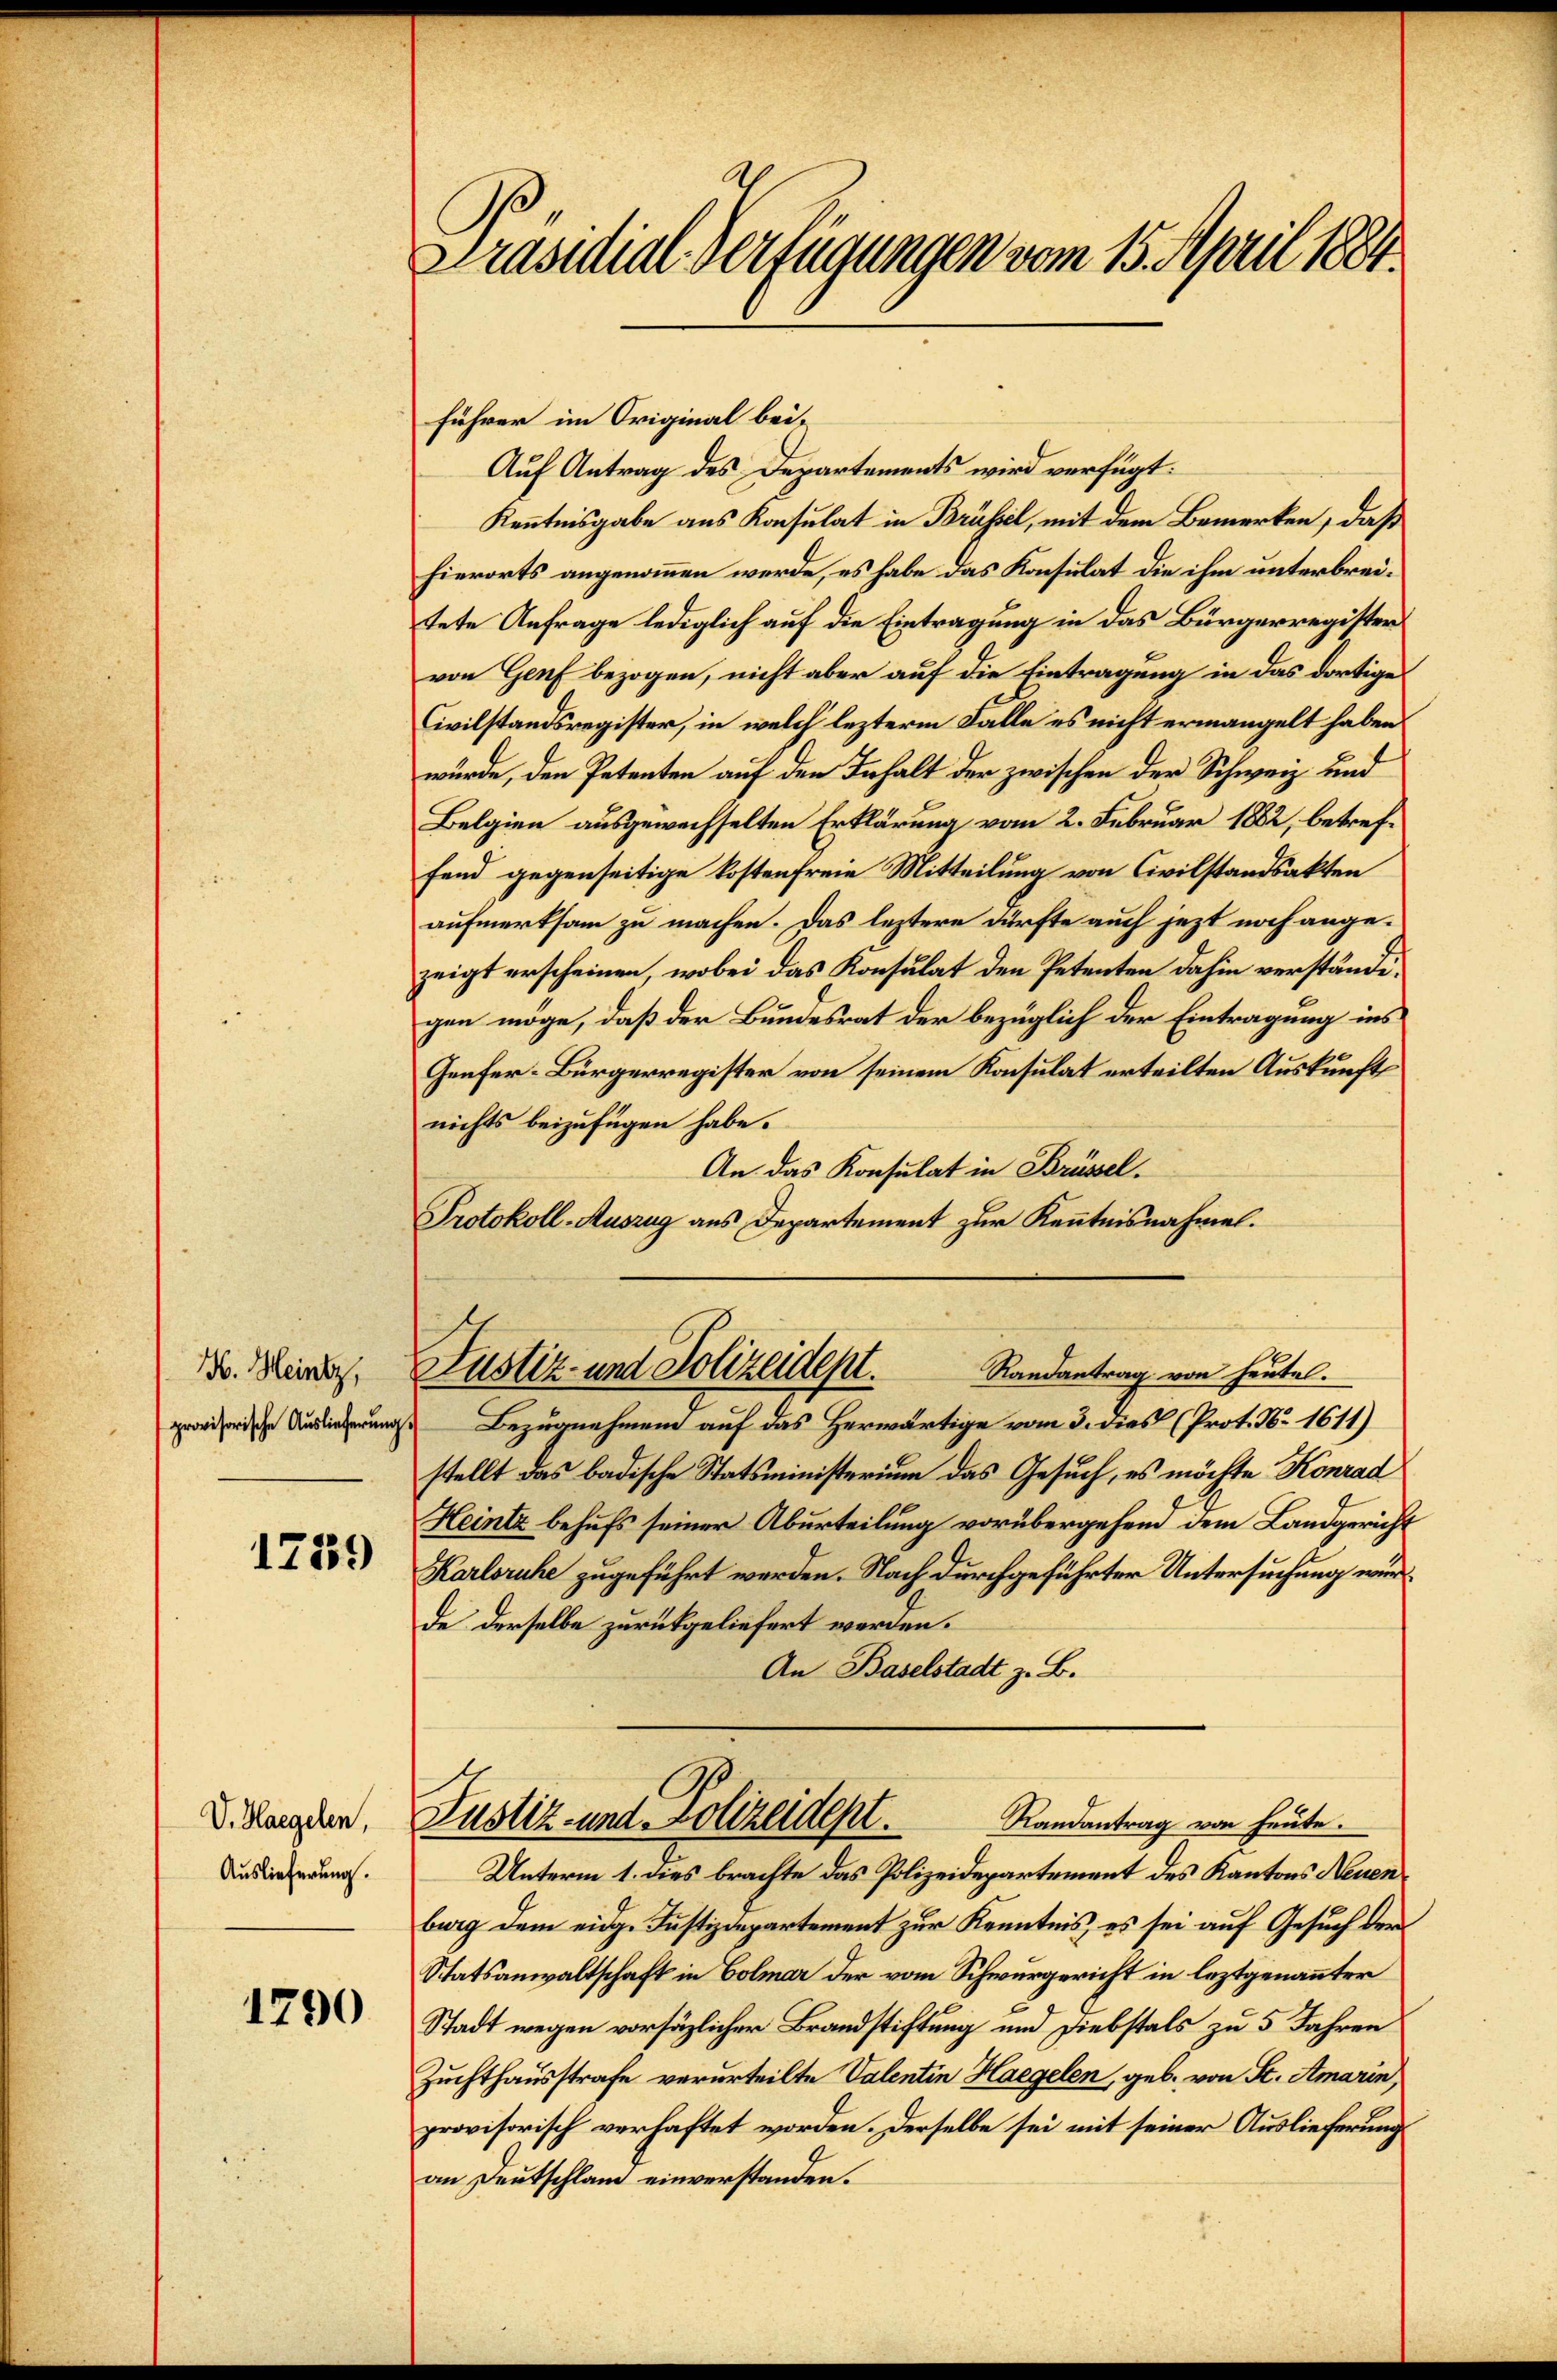
H. Heintz,

1739

V. Haegelen,
Auslieferung.

1790

Präsidial-Verfügungen vom 15. April 1884.

Führer im Original bei-
Auf Antrag des Departements wird verfügt:
Kenntnisgabe aus Konsulat in Brüssel, mit dem Bemerken, daß
hierorts angenommen werde, es habe das Konsulat die ihm unterbreitete Anfrage lediglich auf die Eintragung in das Bürgerregister
von Genf bezogen, nicht aber auf die Eintragung in das dortige
Civilstandsregister, in welch lezterm Falle es nicht ermangelt haben
würde, den Petenten auf den Inhalt der zwischen der Schweiz und
Belgien ausgewechselten Erklärung vom 2. Februar 1882, betreffend gegenseitige kostenfreie Mitteilung von Civilstandsakten
aufmerksam zu machen. Das leztere dürfte auch jezt noch angezeigt erscheinen, wobei das Konsulat den Petenten dahin verständegen möge, daß der Bundesrat der bezüglich der Eintragung ins
Genfer-Bürgerregister von seinem Konsulat erteilten Auskunft
nichts beizufügen habe.
An das Konsulat in Brüssel.
Protokoll-Auszug aus Departement zur Kenntnisnahmel.

Justiz- und Polizeidept.
Randantrag von heutel.

iierung Bezugnahmen auf das Herwärtige vom 3. dies (Prot. No. 1611)
stellt das badische Statsministerium das Gesuch, es möchte Konrad
Heintz behufs seiner Aburteilung vorübergehend dem Landgericht
Karlsruhe zugeführt werden. Nach durchgeführter Untersuchung wurde derselbe zurückgeliefert worden.
An Baselstadt z. B.
Justiz- und Polizeidept.
Randantrag von heute.
Unterm 1. dies brachte das Polizeidepartement des Kantons Neuenburg dem eidg. Justizdepartement zur Kenntnis, es sei auf Gesuch der
Statsanwaltschaft in Colmar der vom Schwurgericht in leztgenannter
Stadt wegen vorsätzlicher Brandstiftung und Diebstals zu 5 Jahren
Zuchthausstrafe verurteilte Valentin Haegelen, geb. von St. Amarin
provisorisch verhaftet worden. Derselbe sei mit seiner Auslieferung
an Deutschland einverstanden.